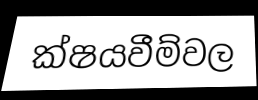
ක්ෂයවීම්වල